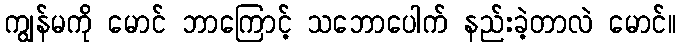
ကျွန်မကို မောင် ဘာကြောင့် သဘောပေါက် နည်းခဲ့တာလဲ မောင်။